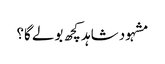
مشہود شاہد کچھ بولے گا؟